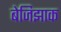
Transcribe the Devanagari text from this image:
बेजिझाक